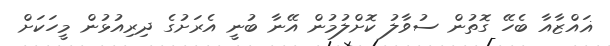
ޣައްޒާއާ ބެހޭ ގޮތުން ސުވާލު ކޮށްލުމުން އޭނާ ބުނީ އެރަށުގެ ދިރިއުޅުން މީހަކަށް